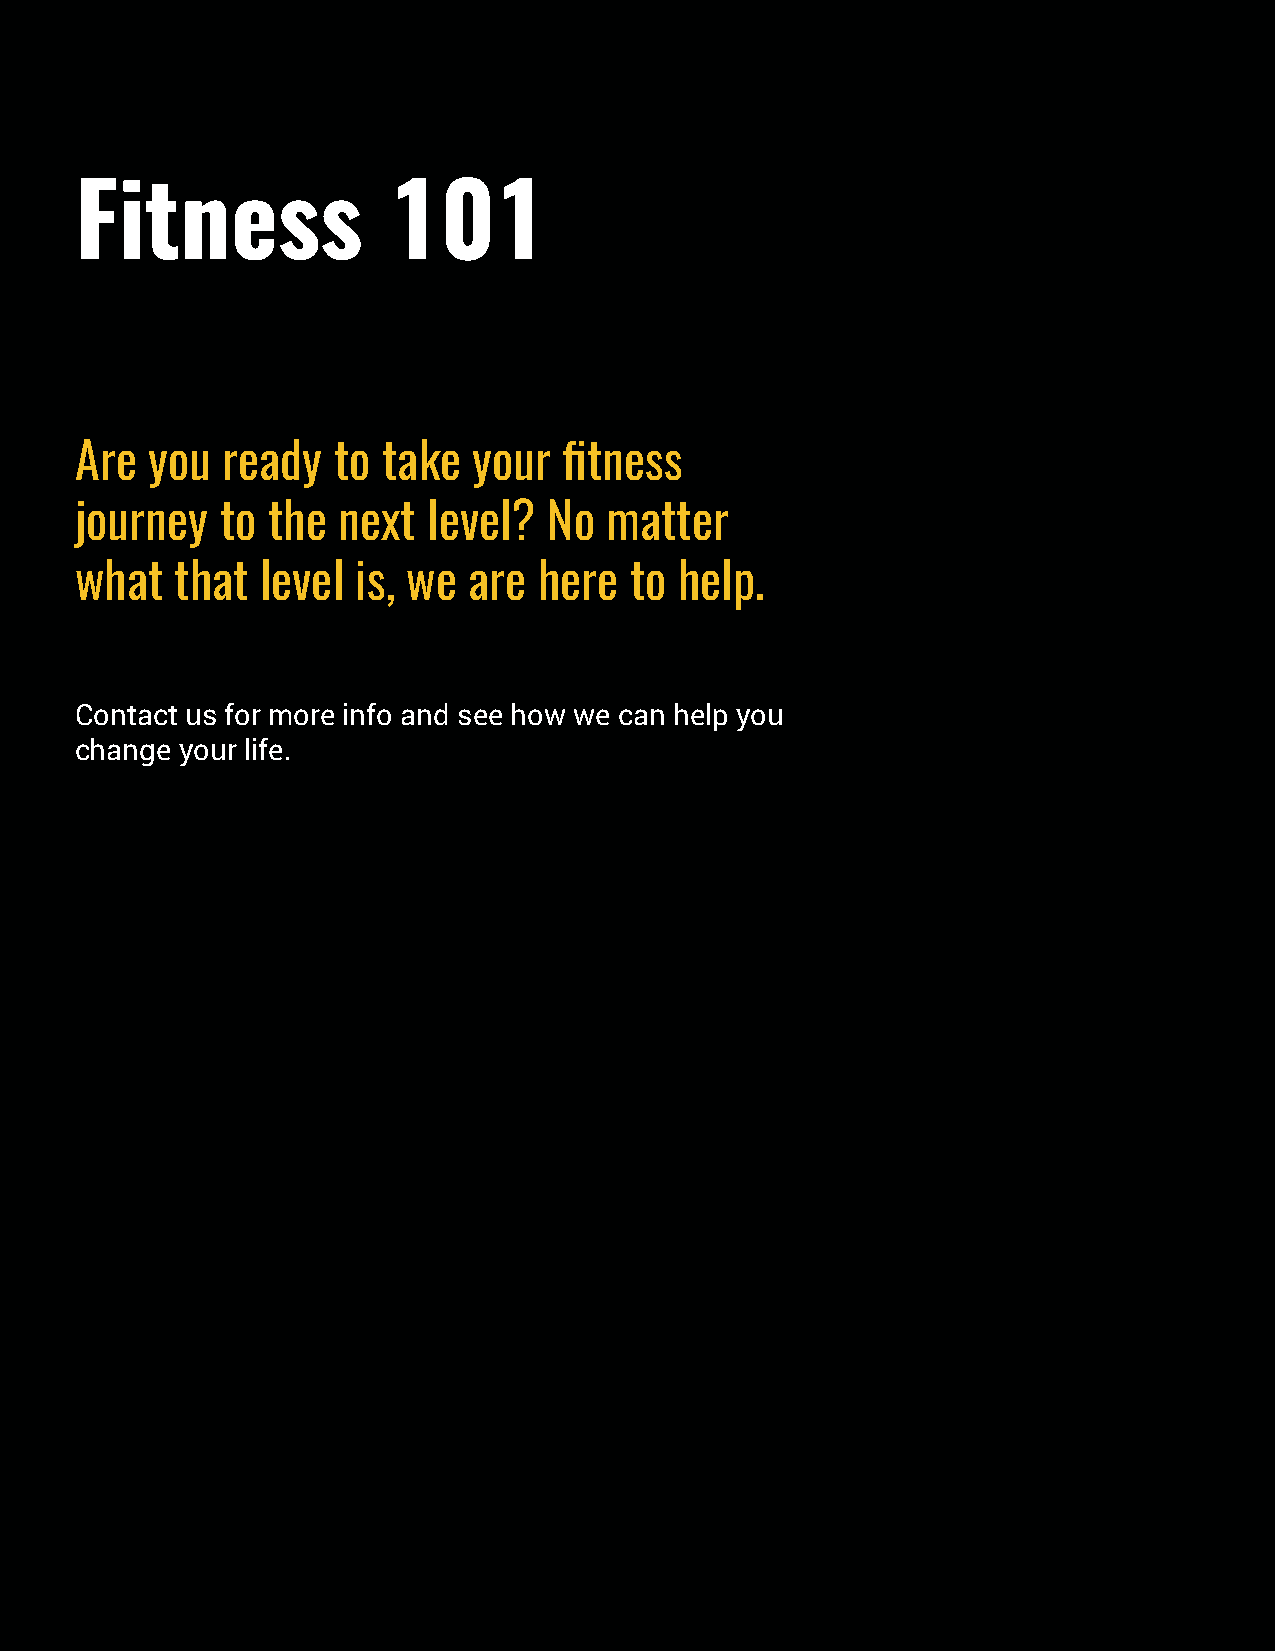
Fitness              101
 Are  you  ready  to take  your  fitness
 journey   to the next  level?  No  matter
 what   that level  is, we are  here  to help.
 Contact us for more info and see how we can help you
 change your life.